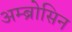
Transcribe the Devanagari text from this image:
अम्ब्रोसिन